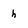
Character: h